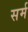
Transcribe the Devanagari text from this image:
सर्म